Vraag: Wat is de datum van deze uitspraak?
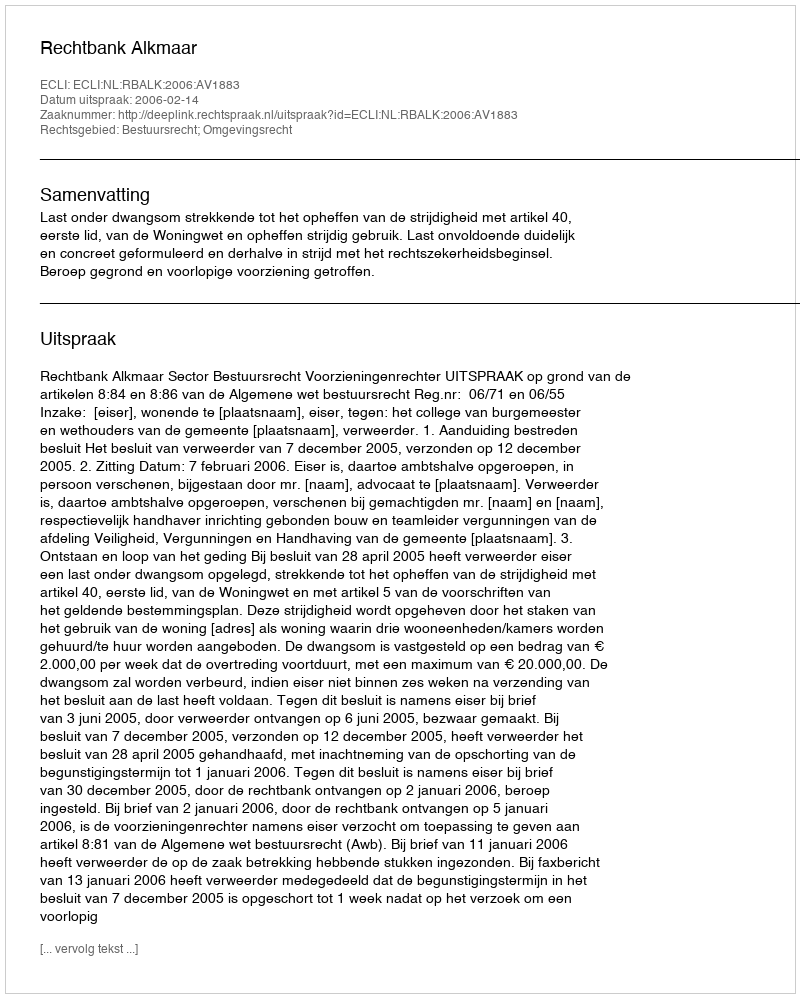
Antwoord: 2006-02-14